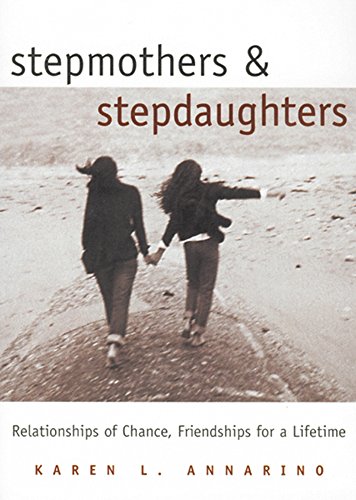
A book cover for Stepmothers and Stepdaughters: Relationships of Chance, Friendships for a Lifetime; Karen L. Annarino; Parenting & Relationships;